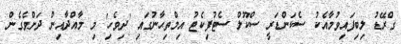
ގްރޭޑު ލިބިފައިވުމާއެކު ސެކަންޑަރީ ސްކޫލް ސެޓުފިކެޓު އިމްތިޙާނުގައި 'ދިވެހި' މި މާއްދާއިން ދަށްވެގެން